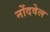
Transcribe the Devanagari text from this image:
नोंदवेल